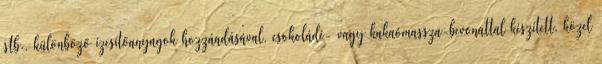
stb., különböző ízesítőanyagok hozzáadásával, csokoládé- vagy kakaómassza-bevonattal készített, közel